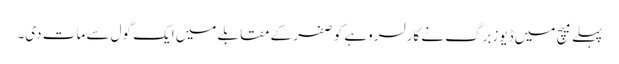
پہلے میچ میں ڈیوزبرگ نے کارلسروہے کو صفر کے مقابلے میں ایک گول سے مات دی۔